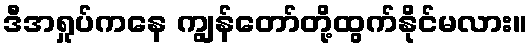
ဒီအရှုပ်ကနေ ကျွန်တော်တို့ထွက်နိုင်မလား။